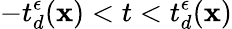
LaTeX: -t_{d}^{\epsilon}(\textbf{x})<t<t_{d}^{\epsilon}(\textbf{x})